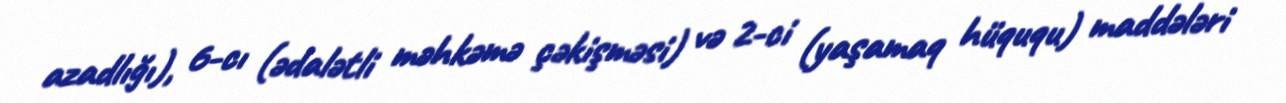
azadlığı), 6-cı (ədalətli məhkəmə çəkişməsi) və 2-ci (yaşamaq hüququ) maddələri